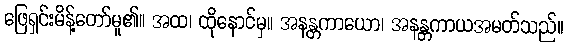
ဖြေရှင်းမိန့်တော်မူ၏။ အထ၊ ထိုနောင်မှ။ အနန္တကာယော၊ အနန္တကာယအမတ်သည်။